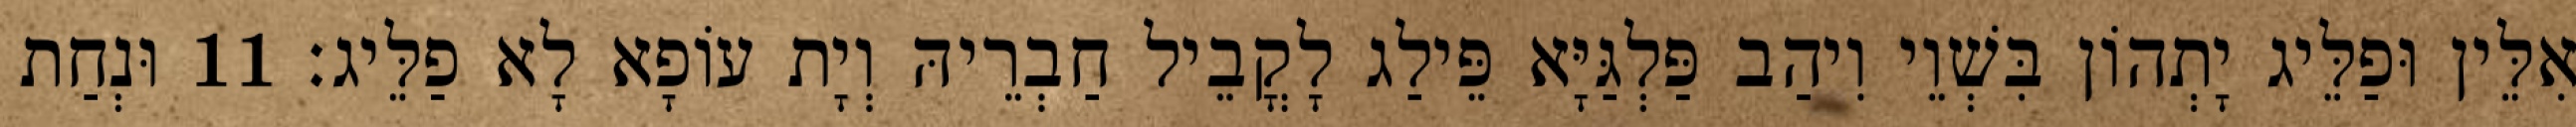
אִלֵּין וּפַלֵּיג יָתְהוֹן בִּשְׁוֵי וִיהַב פַּלְגַּיָּא פֵּילַג לָקֳבֵיל חַבְרֵיהּ וְיָת עוֹפָא לָא פַלֵּיג׃ 11 וּנְחַת